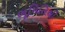
ભૂમિતિથી